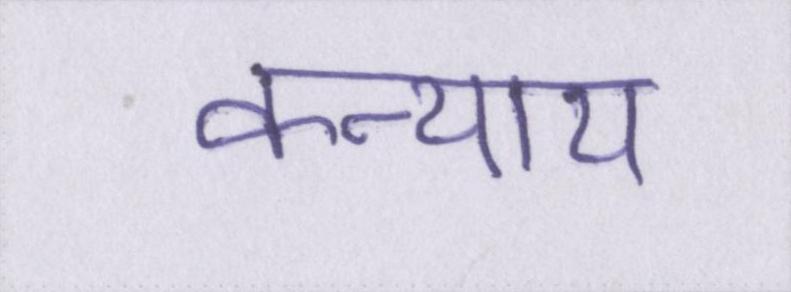
कन्याय